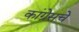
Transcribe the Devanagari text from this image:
कांग्रेसचे